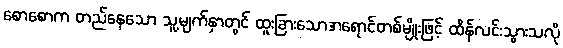
စောစောက တည်နေသော သူ့မျက်နှာတွင် ထူးခြားသောအရောင်တစ်မျိုးဖြင့် ထိန်လင်းသွားသလို